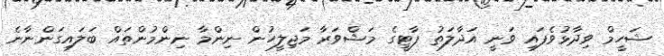
ޝަހީމް ވިދާޅުވެފައި ވަނީ އަދާލަތު ޕާޓީގެ މަޝްވަރާ މަޖިލީހުން ނިންމާ ނިންމުންތައް ބަލައިގަންނާނެ